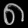
Digit: ၈